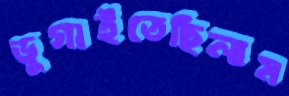
ভুগাইতেছিলাম